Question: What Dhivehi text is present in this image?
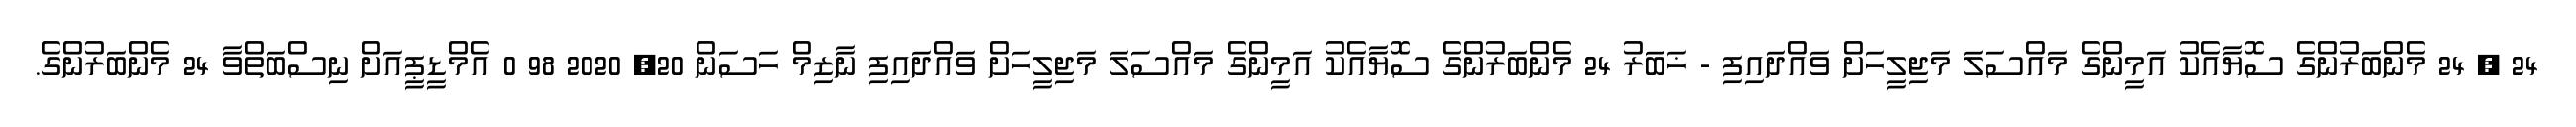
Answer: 24 , 24 މެންބަރުންގެ ސޮޔާއެކު އަމީންގެ މައްސަލަ މަޖިލީހަށް ވައްދައިފި - ޚަބަރު 24 މެންބަރުންގެ ސޮޔާއެކު އަމީންގެ މައްސަލަ މަޖިލީހަށް ވައްދައިފި ނާޒިމް ހަސަން 20, 2020 98 0 އެމްޑީޕީއަށް ނިސްބަތްވާ 24 މެންބަރުންގެ.